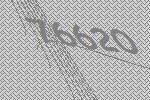
76620